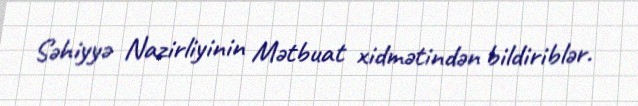
Səhiyyə Nazirliyinin Mətbuat xidmətindən bildiriblər.